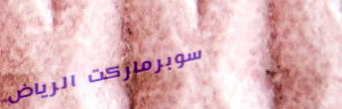
سوبرماركت الرياض